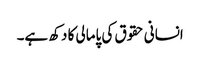
انسانی حقوق کی پامالی کا دکھ ہے۔